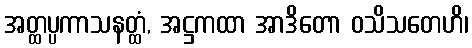
အတ္ထပ္ပကာသနတ္ထံ, အဋ္ဌကထာ အာဒိတော ဝသိသတေဟိ၊